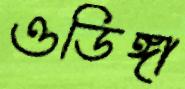
ওডিঙ্গা